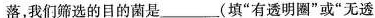
落，我们筛选的目的菌是___(填”有透明圈”或”无透